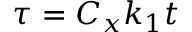
\tau = C _ { x } k _ { 1 } t